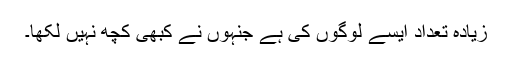
زیادہ تعداد ایسے لوگوں کی ہے جنہوں نے کبھی کچھ نہیں لکھا۔